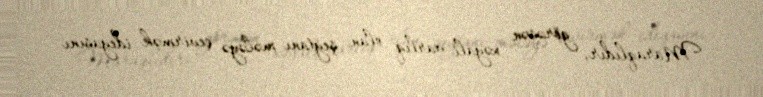
Maraqlıdır, görəsən xəyali varlıq olan şeytanı mələyə çevirmək ideyasını